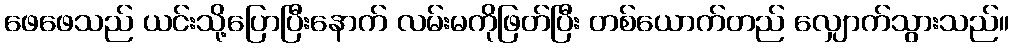
ဖေဖေသည် ယင်းသို့ပြောပြီးနောက် လမ်းမကိုဖြတ်ပြီး တစ်ယောက်တည် လျှောက်သွားသည်။